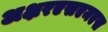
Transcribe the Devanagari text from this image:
अक्षरएसएमएस